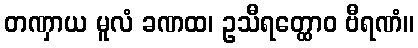
တဏှာယ မူလံ ခဏထ၊ ဥသီရတ္ထောဝ ဗီရဏံ။